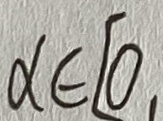
\alpha \in [ 0 ,